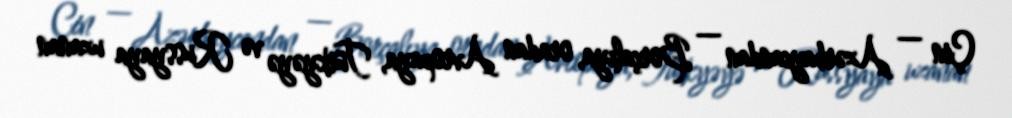
Çin — Azərbaycandan — Borçalıya, oradan Avropaya, Türkyəyə və Russyaya uzanan